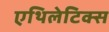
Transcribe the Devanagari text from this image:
एथिलेटिक्स